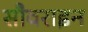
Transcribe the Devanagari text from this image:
सौवराइन